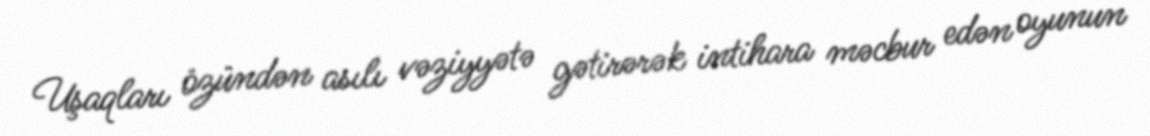
Uşaqları özündən asılı vəziyyətə gətirərək intihara məcbur edən oyunun